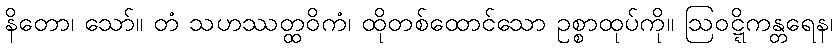
နိတော၊ သော်။ တံ သဟဿတ္ထဝိကံ၊ ထိုတစ်ထောင်သော ဥစ္စာထုပ်ကို။ ဩဝဋ္ဋိကန္တရေန၊